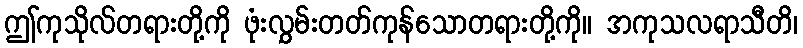
ဤကုသိုလ်တရားတို့ကို ဖုံးလွှမ်းတတ်ကုန်သောတရားတို့ကို။ အကုသလရာသီတိ၊